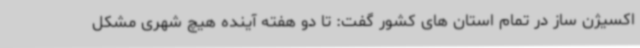
اکسیژن ساز در تمام استان های کشور گفت: تا دو هفته آینده هیچ شهری مشکل